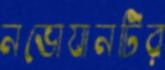
নভোযানটির